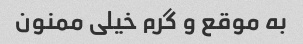
به موقع و گرم خیلی ممنون